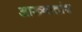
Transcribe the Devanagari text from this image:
आख्यातांश